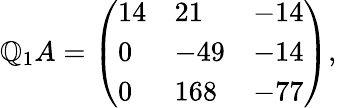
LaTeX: \mathbb{Q}_{1}A={\left(\begin{array}{lll}{14}&{21}&{-14}\\ {0}&{-49}&{-14}\\ {0}&{168}&{-77}\end{array}\right)},